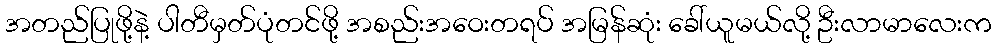
အတည်ပြုဖို့နဲ့ ပါတီမှတ်ပုံတင်ဖို့ အစည်းအဝေးတရပ် အမြန်ဆုံး ခေါ်ယူမယ်လို့ ဦးလာမာလေးက